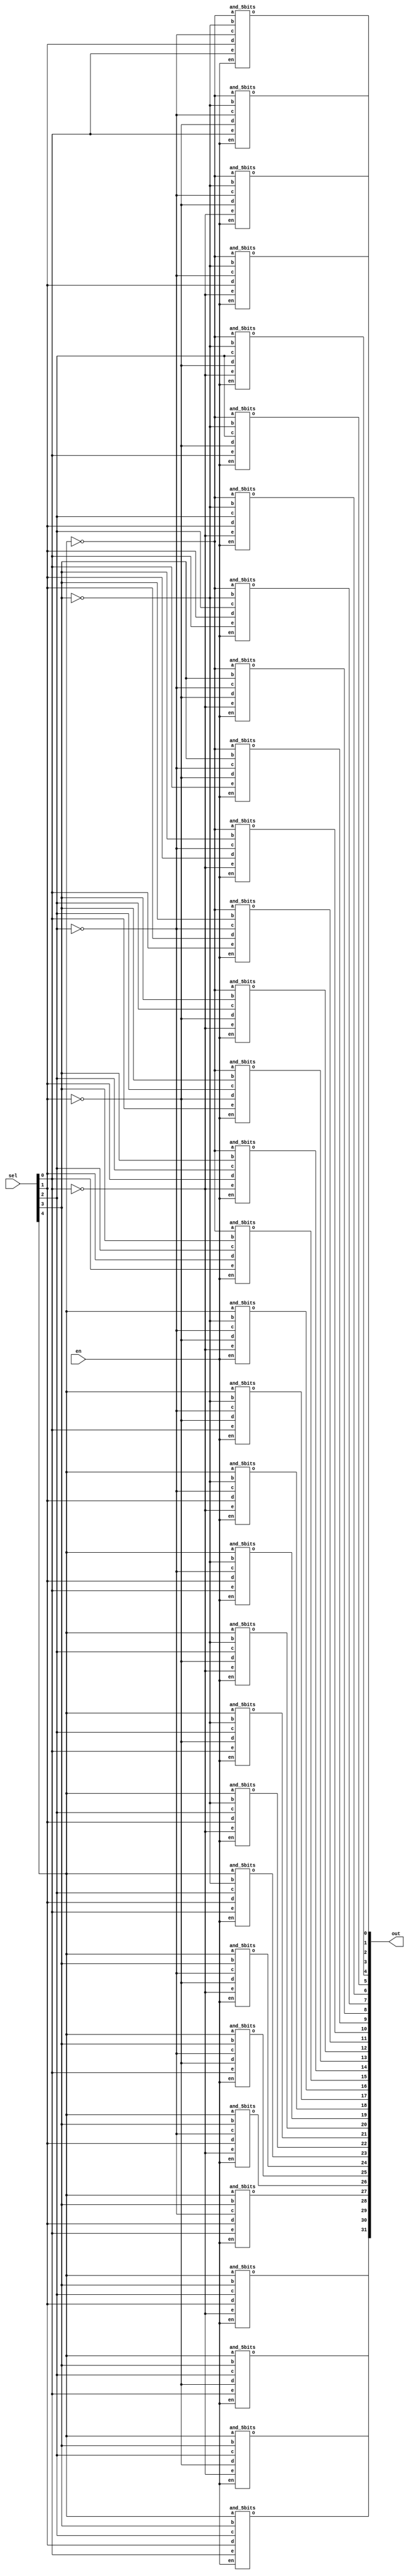
module decoder_5bits(out, sel, en);
	output [31:0] out;
	input [4:0] sel;
	input en;
	wire [4:0]nsel;
not n0 (nsel[0], sel[0]);
not n1 (nsel[1], sel[1]);
not n2 (nsel[2], sel[2]);
not n3 (nsel[3], sel[3]);
not n4 (nsel[4], sel[4]);

and_5bits out0(out[0], nsel[4], nsel[3], nsel[2], nsel[1], nsel[0],en);
and_5bits out1(out[1], nsel[4], nsel[3], nsel[2], nsel[1], sel[0],en);
and_5bits out2(out[2], nsel[4], nsel[3], nsel[2], sel[1], nsel[0],en);
and_5bits out3(out[3], nsel[4], nsel[3], nsel[2], sel[1], sel[0],en);
and_5bits out4(out[4], nsel[4], nsel[3], sel[2], nsel[1], nsel[0],en);
and_5bits out5(out[5], nsel[4], nsel[3], sel[2], nsel[1], sel[0],en);
and_5bits out6(out[6], nsel[4], nsel[3], sel[2], sel[1], nsel[0],en);
and_5bits out7(out[7], nsel[4], nsel[3], sel[2], sel[1], sel[0],en);
and_5bits out8(out[8], nsel[4], sel[3], nsel[2], nsel[1], nsel[0],en);
and_5bits out9(out[9], nsel[4], sel[3], nsel[2], nsel[1], sel[0],en);
and_5bits out10(out[10], nsel[4], sel[3], nsel[2], sel[1], nsel[0],en);
and_5bits out11(out[11], nsel[4], sel[3], nsel[2], sel[1], sel[0],en);
and_5bits out12(out[12], nsel[4], sel[3], sel[2], nsel[1], nsel[0],en);
and_5bits out13(out[13], nsel[4], sel[3], sel[2], nsel[1], sel[0],en);
and_5bits out14(out[14], nsel[4], sel[3], sel[2], sel[1], nsel[0],en);
and_5bits out15(out[15], nsel[4], sel[3], sel[2], sel[1], sel[0],en);
and_5bits out16(out[16], sel[4], nsel[3], nsel[2], nsel[1], nsel[0],en);
and_5bits out17(out[17], sel[4], nsel[3], nsel[2], nsel[1], sel[0],en);
and_5bits out18(out[18], sel[4], nsel[3], nsel[2], sel[1], nsel[0],en);
and_5bits out19(out[19], sel[4], nsel[3], nsel[2], sel[1], sel[0],en);
and_5bits out20(out[20], sel[4], nsel[3], sel[2], nsel[1], nsel[0],en);
and_5bits out21(out[21], sel[4], nsel[3], sel[2], nsel[1], sel[0],en);
and_5bits out22(out[22], sel[4], nsel[3], sel[2], sel[1], nsel[0],en);
and_5bits out23(out[23], sel[4], nsel[3], sel[2], sel[1], sel[0],en);
and_5bits out24(out[24], sel[4], sel[3], nsel[2], nsel[1], nsel[0],en);
and_5bits out25(out[25], sel[4], sel[3], nsel[2], nsel[1], sel[0],en);
and_5bits out26(out[26], sel[4], sel[3], nsel[2], sel[1], nsel[0],en);
and_5bits out27(out[27], sel[4], sel[3], nsel[2], sel[1], sel[0],en);
and_5bits out28(out[28], sel[4], sel[3], sel[2], nsel[1], nsel[0],en);
and_5bits out29(out[29], sel[4], sel[3], sel[2], nsel[1], sel[0],en);
and_5bits out30(out[30], sel[4], sel[3], sel[2], sel[1], nsel[0],en);
and_5bits out31(out[31], sel[4], sel[3], sel[2], sel[1], sel[0],en);

endmodule

module and_5bits(o, a, b, c, d, e, en);
output o;
input a, b, c, d, e, en;
wire w0,w1,w2,w3;
and a0(w0, a, b);
and a1(w1, w0, c);
and a2(w2, w1, d);
and a3(w3, w2, e);
and a4(o, w3, en);
endmodule